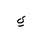
Letter: _ya